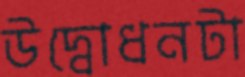
উদ্বোধনটা